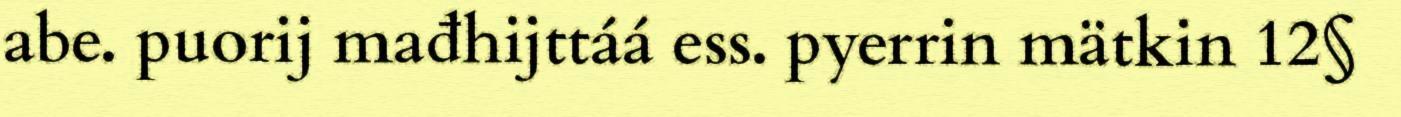
abe. puorij mađhijttáá ess. pyerrin mätkin 12§